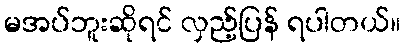
မအပ်ဘူးဆိုရင် လှည့်ပြန် ရပါတယ်။